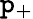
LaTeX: \mathtt{p}_{+}